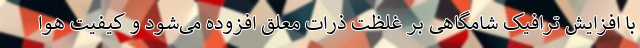
با افزایش ترافیک شامگاهی بر غلظت ذرات معلق افزوده می‌شود و کیفیت هوا